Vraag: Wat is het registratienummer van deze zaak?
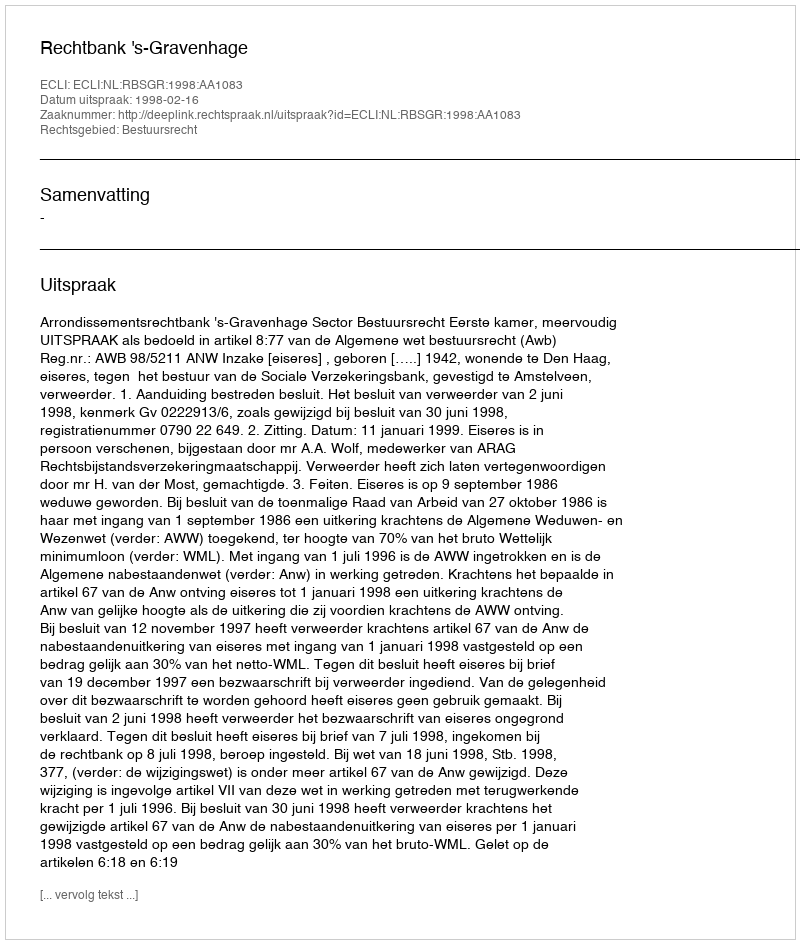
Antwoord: http://deeplink.rechtspraak.nl/uitspraak?id=ECLI:NL:RBSGR:1998:AA1083